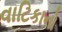
વાટિકાનો